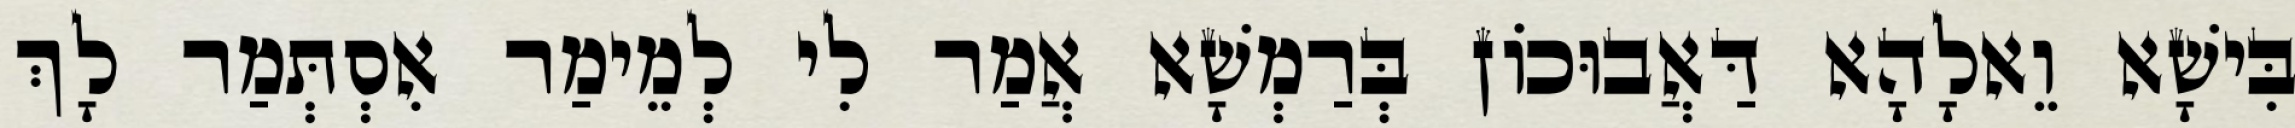
בִּישָׁא וֵאלָהָא דַּאֲבוּכוֹן בְּרַמְשָׁא אֲמַר לִי לְמֵימַר אִסְתְּמַר לָךְ